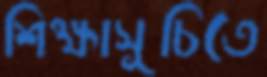
শিক্ষাসূচিতে